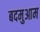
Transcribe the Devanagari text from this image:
बदमुआम